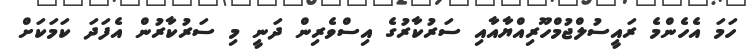
ހަމަ އެހެންމެ ރައީސުލްޖުމްހޫރިއްޔާއާއި ސަރުކާރުގެ އިސްވެރިން ދަނީ މި ސަރުކާރުން އެފަދަ ކަމަކަށް